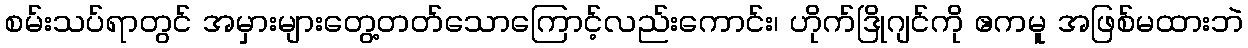
စမ်းသပ်ရာတွင် အမှားများတွေ့တတ်သောကြောင့်လည်းကောင်း၊ ဟိုက်ဒြိုဂျင်ကို ဧကမူ အဖြစ်မထားဘဲ